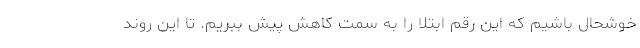
خوشحال باشیم که این رقم ابتلا را به سمت کاهش پیش ببریم. تا این روند